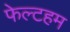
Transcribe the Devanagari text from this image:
फेल्टहम